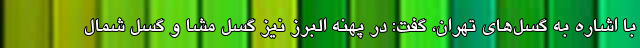
با اشاره به گسل‌های تهران، گفت: در پهنه البرز نیز گسل مشا و گسل شمال